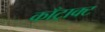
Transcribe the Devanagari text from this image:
काँट्राक्ट